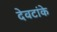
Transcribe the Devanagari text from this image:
देवटांके